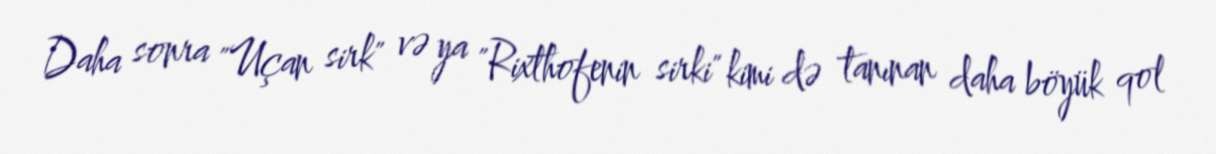
Daha sonra "Uçan sirk" və ya "Rixthofenin sirki" kimi də tanınan daha böyük qol